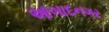
આબાદનગર